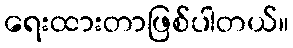
ရေးထားတာဖြစ်ပါတယ်။